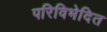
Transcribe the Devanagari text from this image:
परिविभेदित